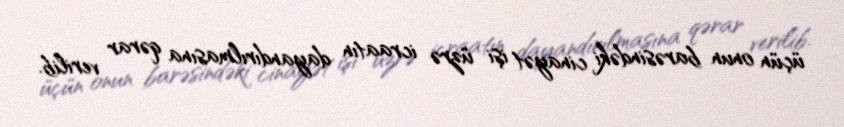
üçün onun barəsindəki cinayət işi üzrə icraatın dayandırılmasına qərar verilib.